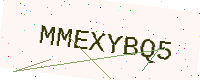
Text: MMEXYBQ5